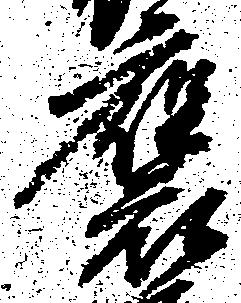
褒